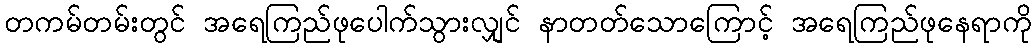
တကမ်တမ်းတွင် အရေကြည်ဖုပေါက်သွားလျှင် နာတတ်သောကြောင့် အရေကြည်ဖုနေရာကို